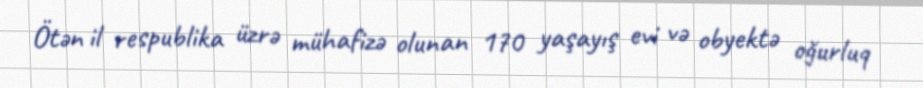
Ötən il respublika üzrə mühafizə olunan 170 yaşayış evi və obyektə oğurluq